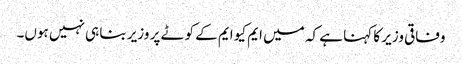
وفاقی وزیر کا کہنا ہے کہ میں ایم کیو ایم کے کوٹے پر وزیر بنا ہی نہیں ہوں۔